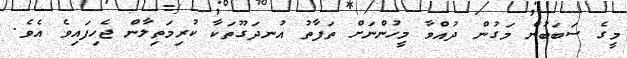
މީގެ ސަބަބުން މަގުން ދުއްވާ މީހުންނަށް ތަފާތު އުނދަގޫތަަކާ ކުރިމަތިލާން ޖެހިފައިވެ އެވެ.